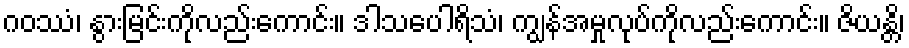
ဂဝဿံ၊ နွားမြင်းကိုလည်းကောင်း။ ဒါသပေါရိသံ၊ ကျွန်အမှုလုပ်ကိုလည်းကောင်း။ ဇိယန္တိ၊